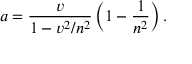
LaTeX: a = \frac { v } { 1 - v ^ { 2 } / n ^ { 2 } } \left( 1 - \frac { 1 } { n ^ { 2 } } \right) .